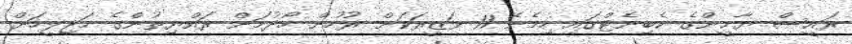
ރައީސް ޔާމީންގެ ކެބިނެޓްގައި ހިމެނޭ 11 ވަޒީރަކަށް ރުހުން ހޯދުމަށް ރައްޔިތުންގެ މަޖިލީހަށް